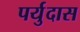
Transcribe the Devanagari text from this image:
पर्युदास